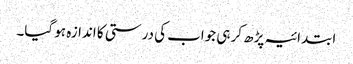
ابتدائیہ پڑھ کر ہی جواب کی درستی کا اندازہ ہو گیا۔